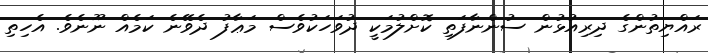
ރައްޔިތުންގެ ދިރިއުޅުން ސުންނާފަތި ކޮށްލުމަކީ ދުވަހަކުވެސް މަޢާފު ދެވޭނެ ކަމެއް ނޫނެވެ. އެހިތި